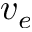
v _ { e }